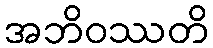
အဘိဝဿတိ